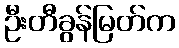
ဦးတီခွန်မြတ်က